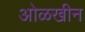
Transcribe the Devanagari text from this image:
ओळखीन